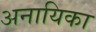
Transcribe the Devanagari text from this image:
अनायिका